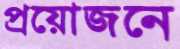
প্রয়োজনে